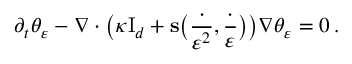
\partial _ { t } \theta _ { \varepsilon } - \nabla \cdot \bigl ( \kappa \ensuremath { \mathrm { I } _ { d } } + \mathbf { s } \bigl ( \frac { \cdot } { \varepsilon ^ { 2 } } , \frac \cdot \varepsilon \bigr ) \bigr ) \nabla \theta _ { \varepsilon } = 0 \, .